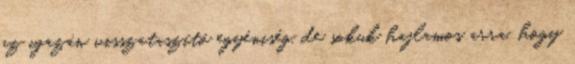
az igazán visszataszító egyéniség, de sokuk hajlamos arra, hogy